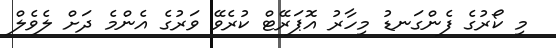
މި ކޯރުގެ ފެންގަނޑު މިހާރު އޮޕަރޭޓް ކުރެވޭ ވަރުގެ އެންމެ ދަށް ލެވެލް